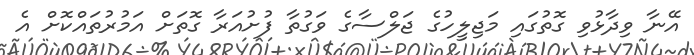
އޭނާ ވިދާޅުވި ގޮތުގައި މަޖިލީހުގެ ޖަލްސާގެ ވަގުތާ ފުށުއަރާ ގޮތަށް އަމުރުތައްކޮށް އެ